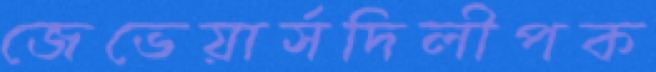
জেভেয়ার্সদিলীপক